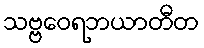
သဗ္ဗဝေရဘယာတီတ